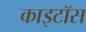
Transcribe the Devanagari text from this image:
काइटॉस